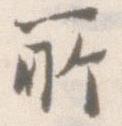
所